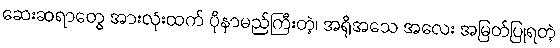
ဆေးဆရာတွေ အားလုံးထက် ပိုနာမည်ကြီးတဲ့၊ အရိုအသေ အလေး အမြတ်ပြုရတဲ့